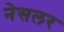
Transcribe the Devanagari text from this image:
नेसलर